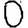
Digit: 0